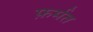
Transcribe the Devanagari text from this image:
फ़र्मत